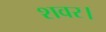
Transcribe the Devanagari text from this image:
शवर।